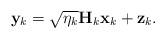
LaTeX: \begin{align*}\mathbf{y}_k=\sqrt{\eta_k}\mathbf{H}_k\mathbf{x}_k+\mathbf{z}_k.\end{align*}